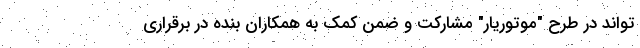
تواند در طرح "موتوریار" مشارکت و ضمن کمک به همکاران بنده در برقراری